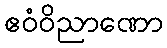
ဧဝံဝိညာဏော